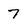
Character: 7